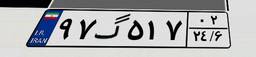
۹۷گ۵۱۷۰۲